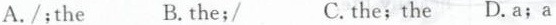
A./;the B.the;/ C,the;the D.a;a